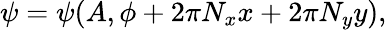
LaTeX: \psi=\psi(A,\phi+2\pi N_{x}x+2\pi N_{y}y),